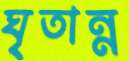
ঘৃতান্ন